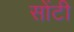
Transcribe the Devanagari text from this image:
सोंटी